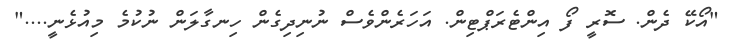
"އޯކޭ ދެން. ސޮރީ ފޯ އިންޓެރަޕްޓިން. އަހަރެންވެސް ނުނިދިގެން ހިނގާލަން ނުކުމެ މިއުޅެނީ...."